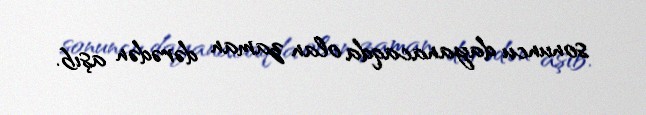
sonuncu dayanacaqda olan zaman dərədən aşıb.